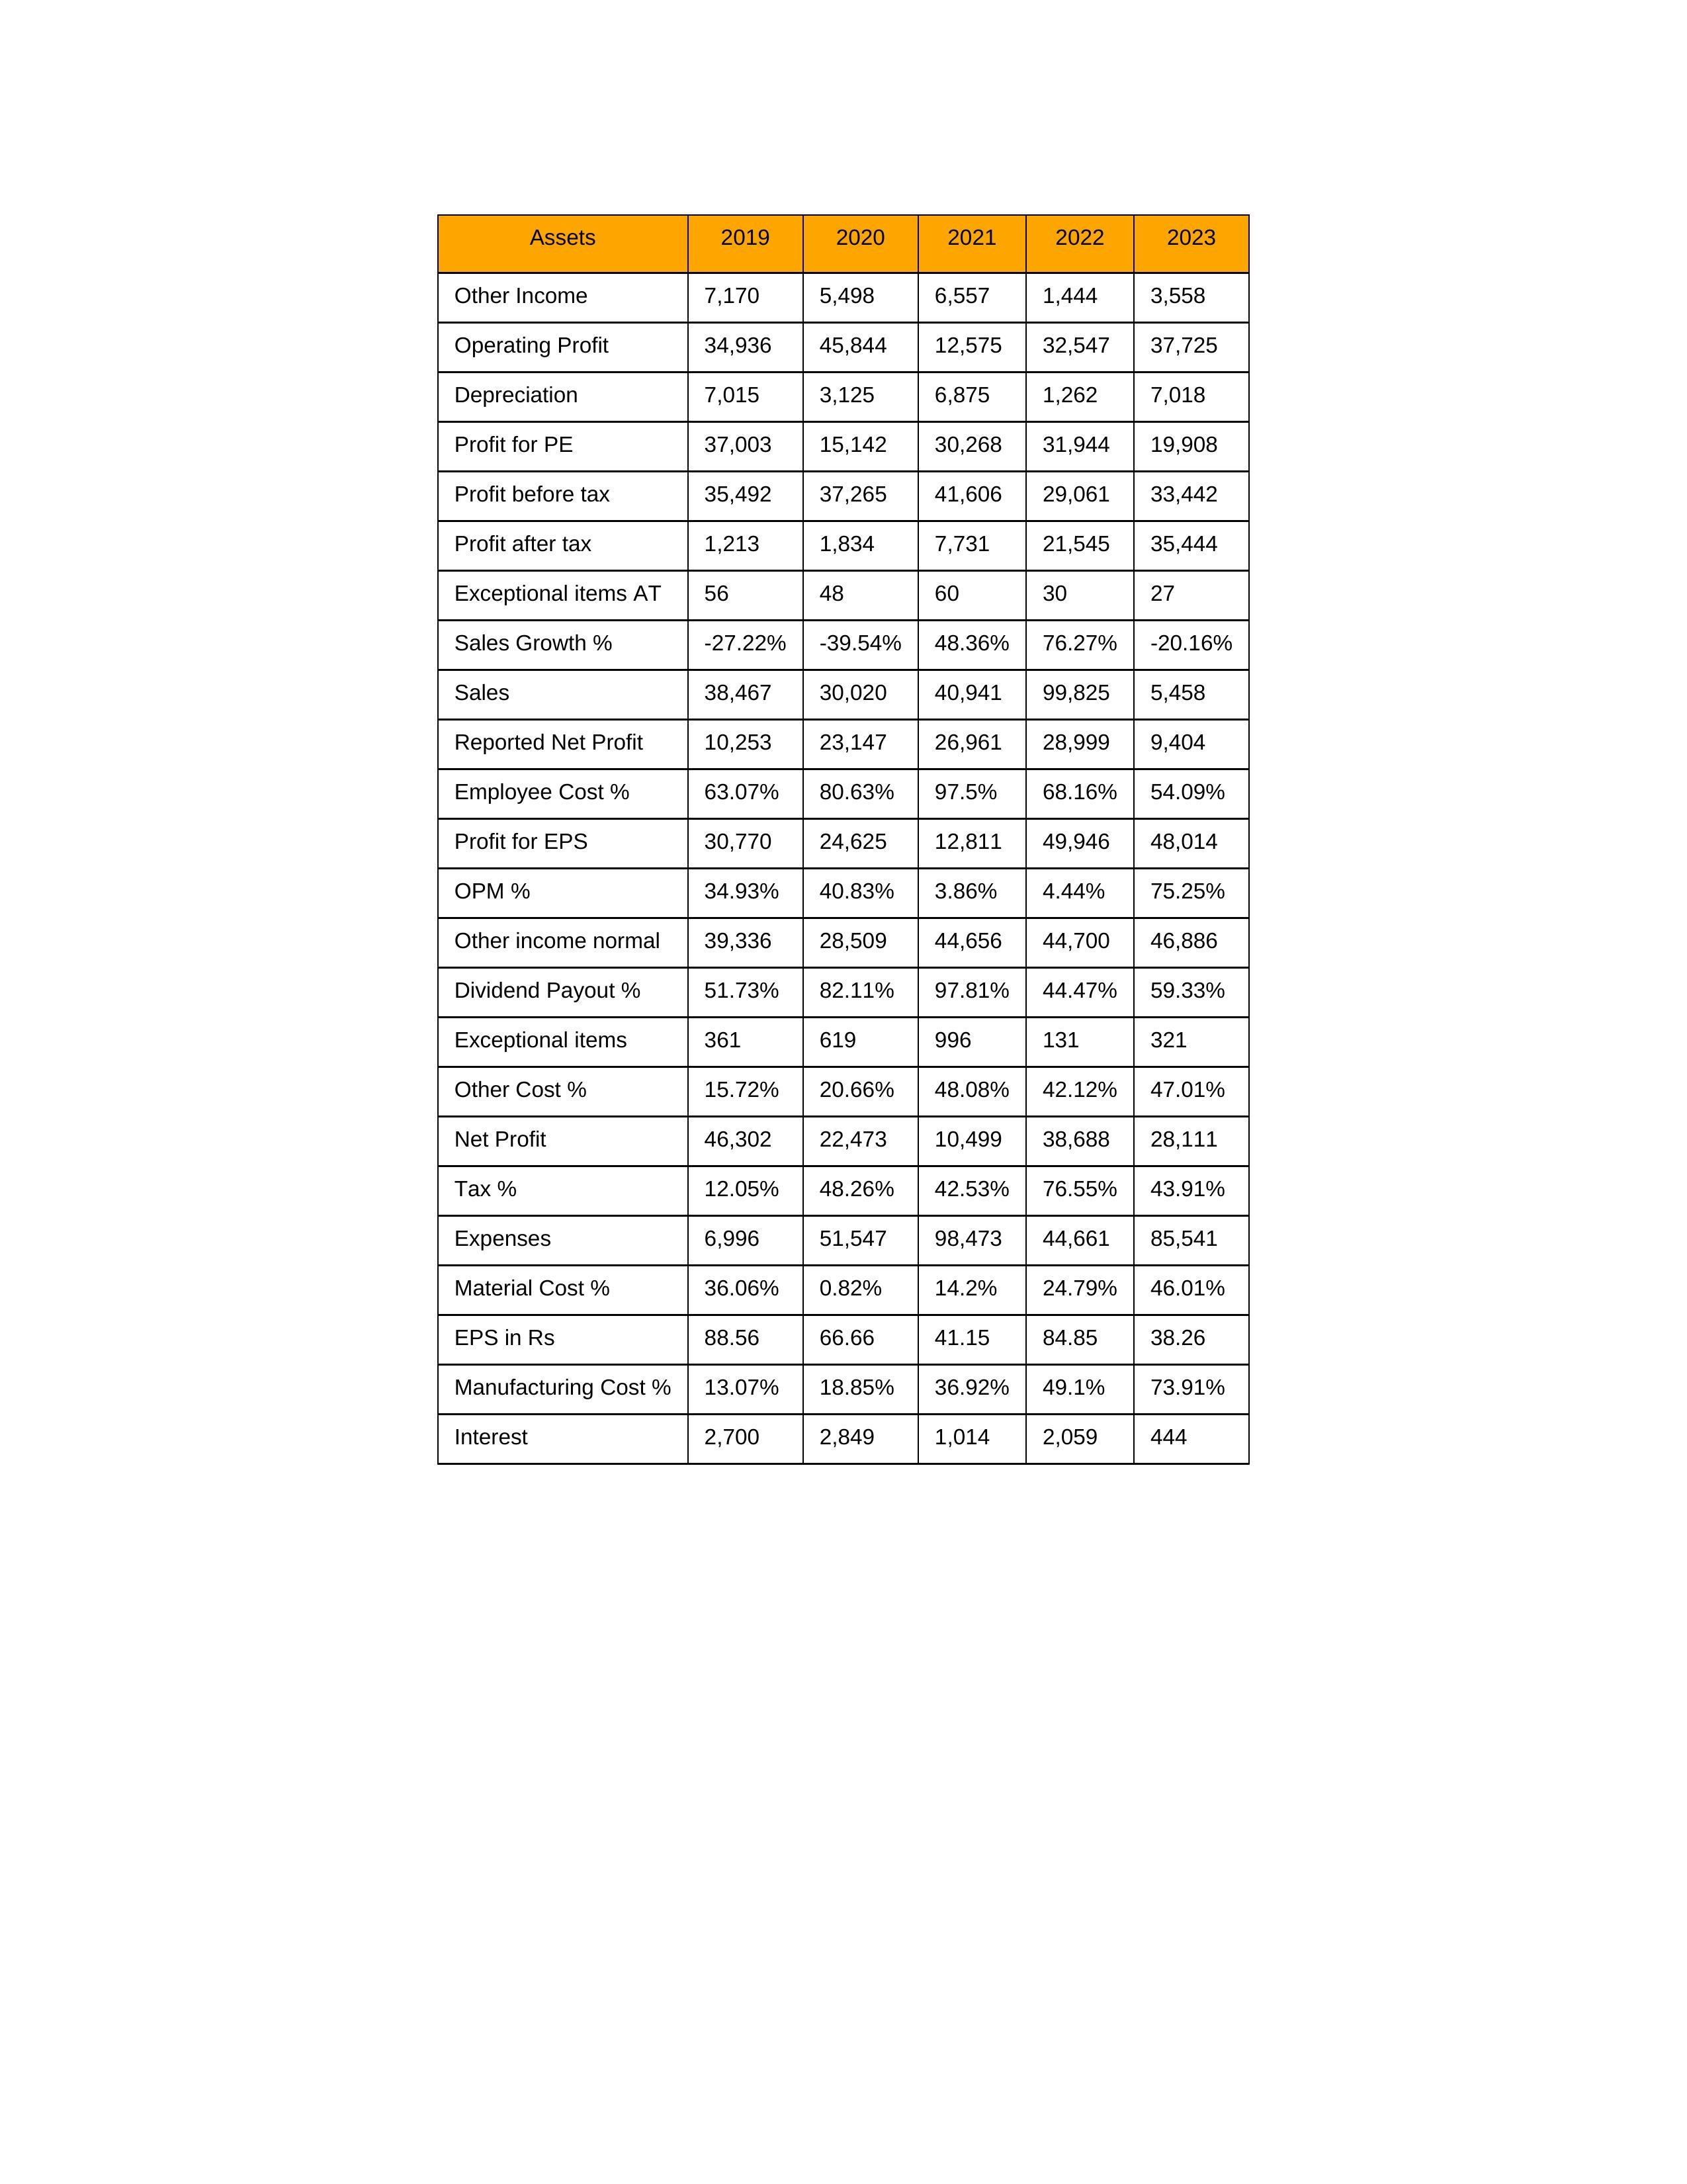
gt_parse: 2019: Sales: 38,467
Sales Growth %: -27.22%
Expenses: 6,996
Material Cost %: 36.06%
Manufacturing Cost %: 13.07%
Employee Cost %: 63.07%
Other Cost %: 15.72%
Operating Profit: 34,936
OPM %: 34.93%
Other Income: 7,170
Exceptional items: 361
Other income normal: 39,336
Interest: 2,700
Depreciation: 7,015
Profit before tax: 35,492
Tax %: 12.05%
Net Profit: 46,302
Profit after tax: 1,213
Reported Net Profit: 10,253
Profit for EPS: 30,770
Exceptional items AT: 56
Profit for PE: 37,003
EPS in Rs: 88.56
Dividend Payout %: 51.73%
2020: Sales: 30,020
Sales Growth %: -39.54%
Expenses: 51,547
Material Cost %: 0.82%
Manufacturing Cost %: 18.85%
Employee Cost %: 80.63%
Other Cost %: 20.66%
Operating Profit: 45,844
OPM %: 40.83%
Other Income: 5,498
Exceptional items: 619
Other income normal: 28,509
Interest: 2,849
Depreciation: 3,125
Profit before tax: 37,265
Tax %: 48.26%
Net Profit: 22,473
Profit after tax: 1,834
Reported Net Profit: 23,147
Profit for EPS: 24,625
Exceptional items AT: 48
Profit for PE: 15,142
EPS in Rs: 66.66
Dividend Payout %: 82.11%
2021: Sales: 40,941
Sales Growth %: 48.36%
Expenses: 98,473
Material Cost %: 14.2%
Manufacturing Cost %: 36.92%
Employee Cost %: 97.5%
Other Cost %: 48.08%
Operating Profit: 12,575
OPM %: 3.86%
Other Income: 6,557
Exceptional items: 996
Other income normal: 44,656
Interest: 1,014
Depreciation: 6,875
Profit before tax: 41,606
Tax %: 42.53%
Net Profit: 10,499
Profit after tax: 7,731
Reported Net Profit: 26,961
Profit for EPS: 12,811
Exceptional items AT: 60
Profit for PE: 30,268
EPS in Rs: 41.15
Dividend Payout %: 97.81%
2022: Sales: 99,825
Sales Growth %: 76.27%
Expenses: 44,661
Material Cost %: 24.79%
Manufacturing Cost %: 49.1%
Employee Cost %: 68.16%
Other Cost %: 42.12%
Operating Profit: 32,547
OPM %: 4.44%
Other Income: 1,444
Exceptional items: 131
Other income normal: 44,700
Interest: 2,059
Depreciation: 1,262
Profit before tax: 29,061
Tax %: 76.55%
Net Profit: 38,688
Profit after tax: 21,545
Reported Net Profit: 28,999
Profit for EPS: 49,946
Exceptional items AT: 30
Profit for PE: 31,944
EPS in Rs: 84.85
Dividend Payout %: 44.47%
2023: Sales: 5,458
Sales Growth %: -20.16%
Expenses: 85,541
Material Cost %: 46.01%
Manufacturing Cost %: 73.91%
Employee Cost %: 54.09%
Other Cost %: 47.01%
Operating Profit: 37,725
OPM %: 75.25%
Other Income: 3,558
Exceptional items: 321
Other income normal: 46,886
Interest: 444
Depreciation: 7,018
Profit before tax: 33,442
Tax %: 43.91%
Net Profit: 28,111
Profit after tax: 35,444
Reported Net Profit: 9,404
Profit for EPS: 48,014
Exceptional items AT: 27
Profit for PE: 19,908
EPS in Rs: 38.26
Dividend Payout %: 59.33%